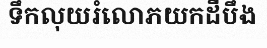
ទឹកលុយរំលោភយកដីបឹង